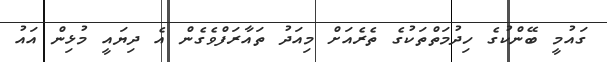
ގައުމީ ބޭންކުގެ ހިދުމަތްތަކުގެ ތެރެއަށް މިއަދު ތައާރަފްވެގެން އެ ދިޔައީ މުޅިން އައު